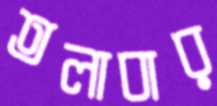
তলাবার